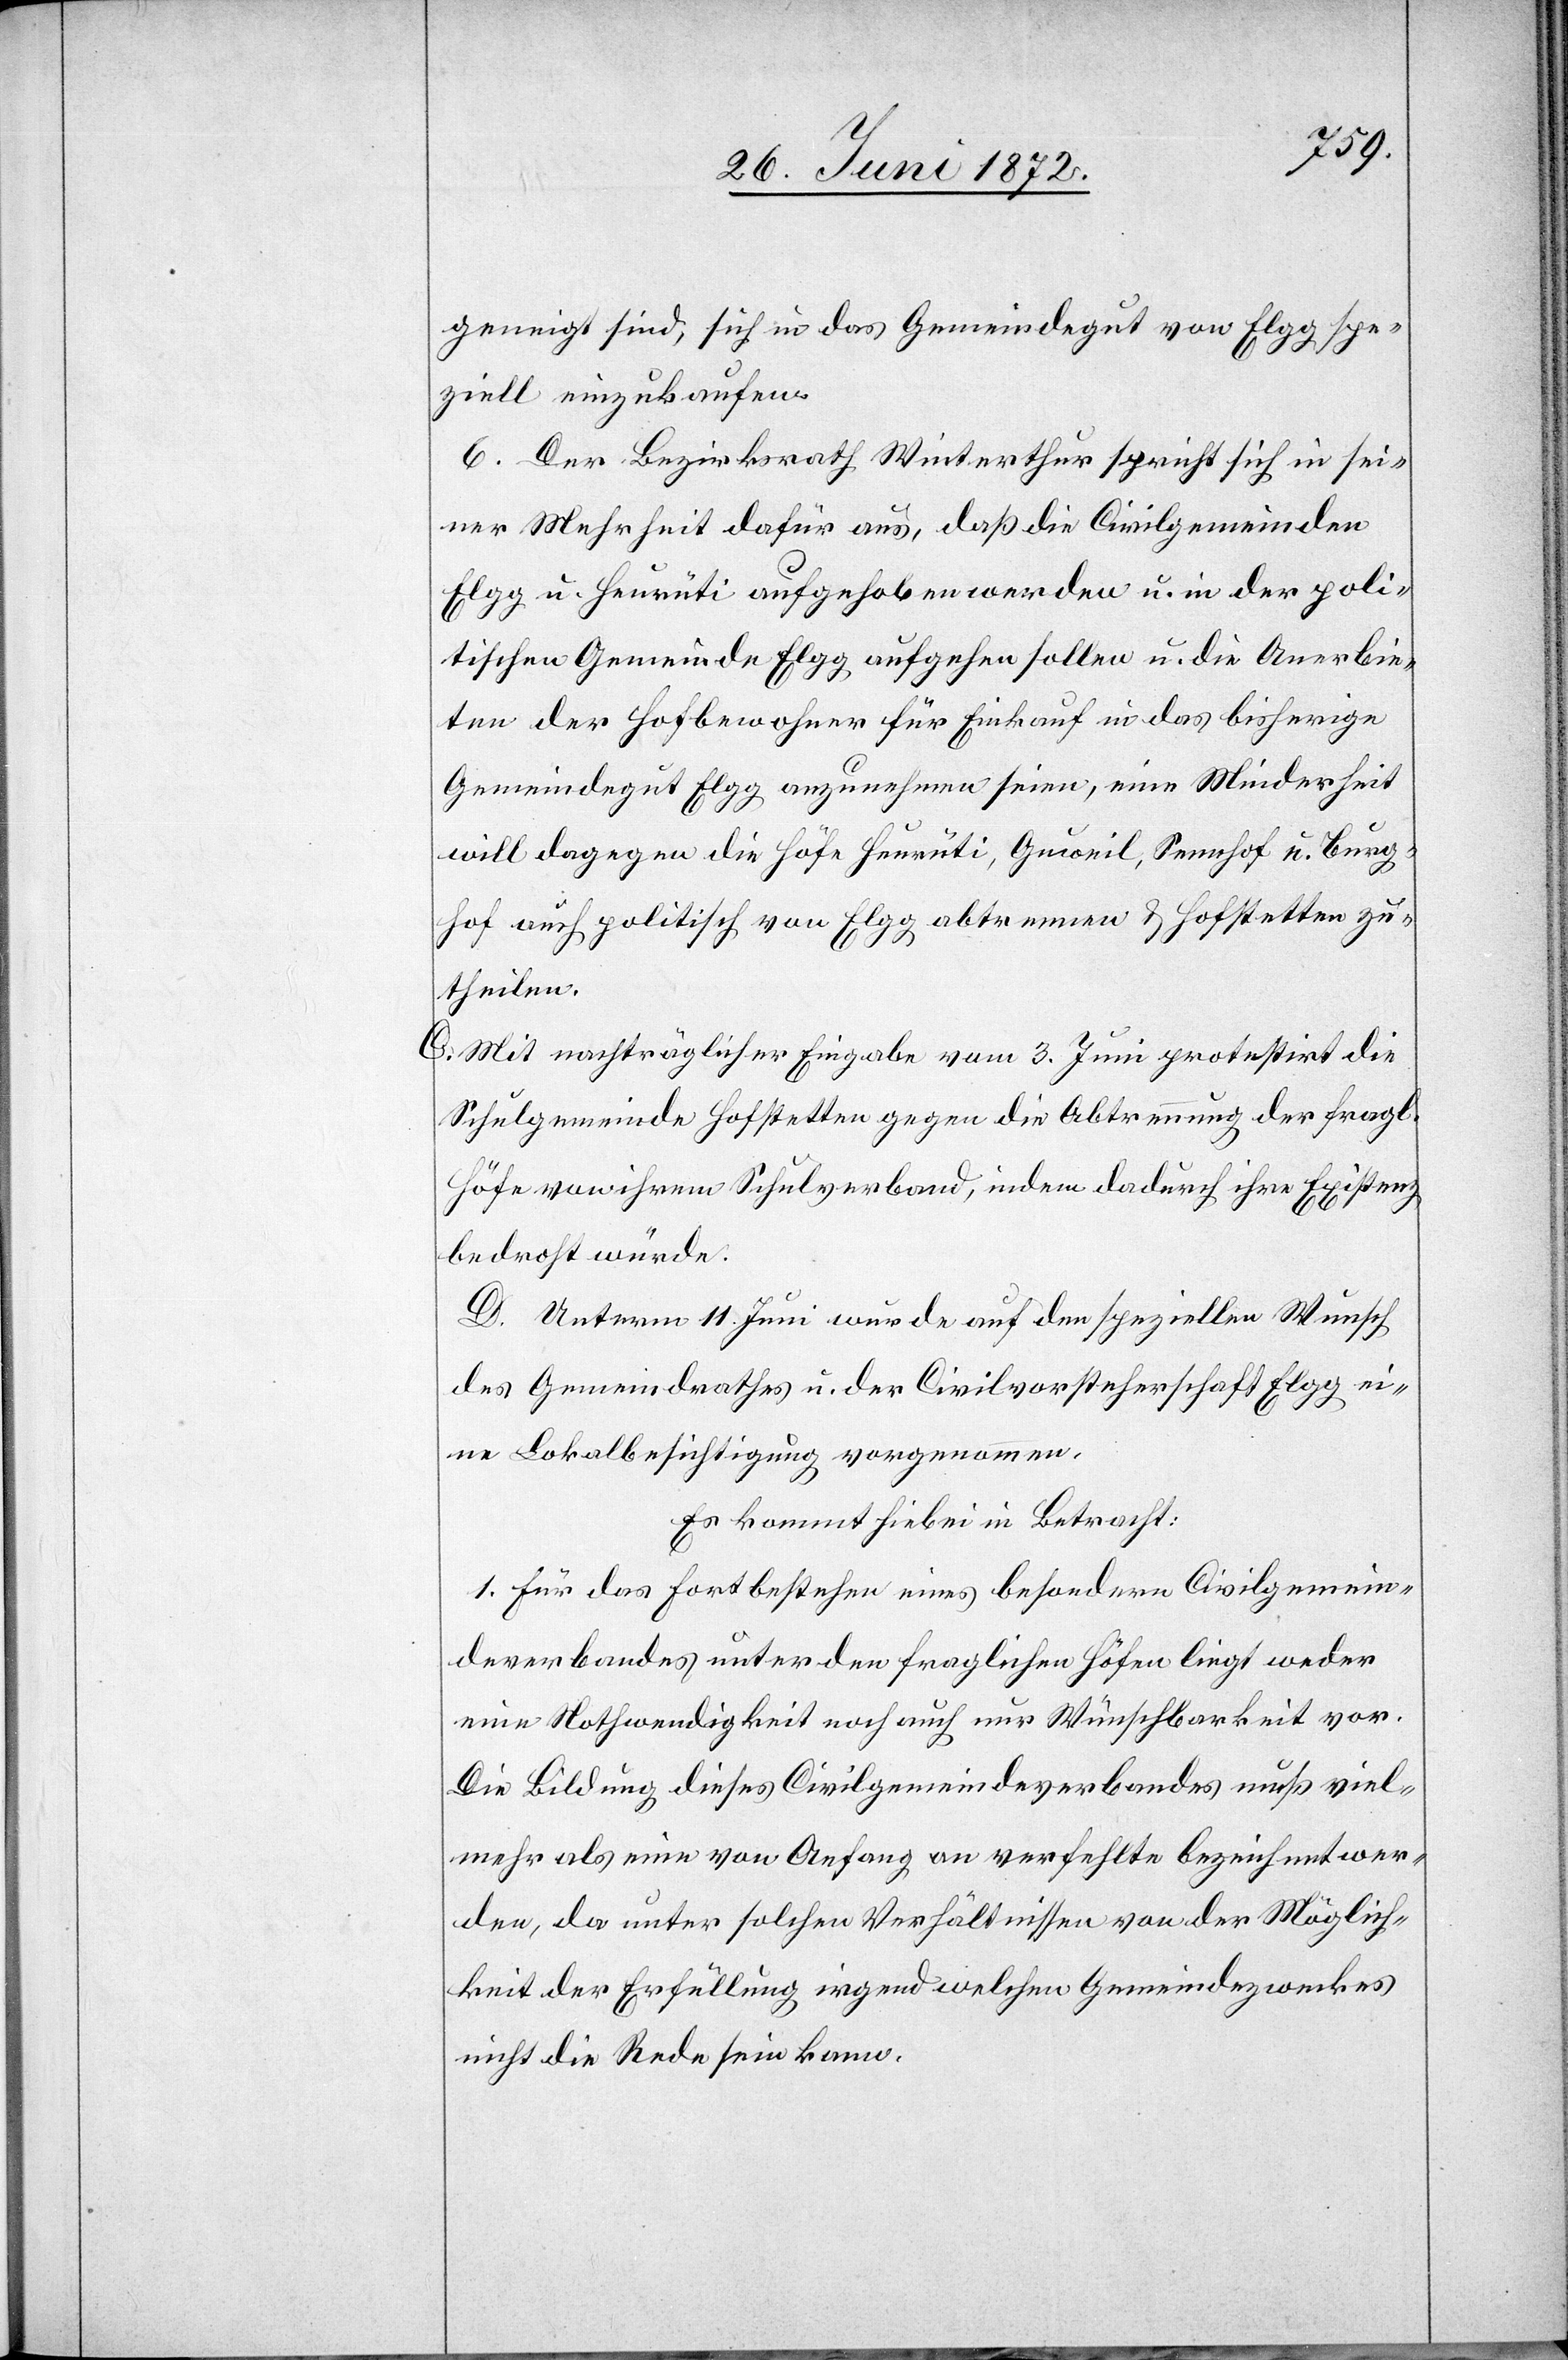
geneigt sind, sich in das Gemeindegut von Elgg spe¬
ziell einzukaufen.
6. Der Bezirksrath Winterthur spricht sich in sei¬
ner Mehrheit dafür aus, daß die Civilgemeinden
Elgg u. Heurüti aufgehoben werden u. in der poli¬
tischen Gemeinde Elgg aufgehen sollen u. die Anerbie¬
ten der Hofbewohner für Einkauf in das bisherige
Gemeindegut Elgg anzunehmen seien, eine Minderheit
will dagegen die Höfe Heurüti, Guweil, Sennhof u. Burg¬
hof auch politisch von Elgg abtrennen u. Hofstetten zu¬
theilen.
C. Mit nachträglicher Eingabe vom 3. Juni protestirt die
Schulgemeinde Hofstetten gegen die Abtrennung der fragl.
Höfe von ihrem Schulverband, indem dadurch ihre Existenz
bedroht würde.
D. Unterm 11. Juni wurde auf den speziellen Wunsch
des Gemeindrathes u. der Civilvorsteherschaft Elgg ei¬
ne Lokalbesichtigung vorgenommen.
Es kommt hiebei in Betracht:
1. Für das Fortbestehen eines besondern Civilgemein¬
deverbandes unter den fraglichen Höfen liegt weder
eine Nothwendigkeit noch auch nur Wünschbarkeit vor.
Die Bildung dieses Civilgemeindeverbandes muß viel¬
mehr als eine von Anfang an verfehlte bezeichnet wer¬
den, da unter solchen Verhältnissen von der Möglich¬
keit der Erfüllung irgendwelchen Gemeindezweckes
nicht die Rede sein kann.